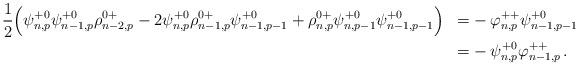
LaTeX: \begin{align*}\begin{aligned}&\frac{1}{2} \Big( \psi^{+0}_{n,p}\psi^{+0}_{n-1,p}\rho^{0+}_{n-2,p}-2\psi^{+0}_{n,p}\rho^{0+}_{n-1,p}\psi^{+0}_{n-1,p-1}+\rho^{0+}_{n,p}\psi^{+0}_{n,p-1}\psi^{+0}_{n-1,p-1} \Big) &=& - \varphi^{++}_{n,p}\psi^{+0}_{n-1,p-1} \\&&=&- \psi^{+0}_{n,p} \varphi^{++}_{n-1,p}\,.\end{aligned}\end{align*}